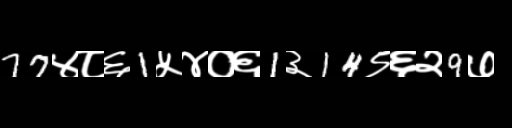
Text: 77४८६1५४०६1३14९६२9७